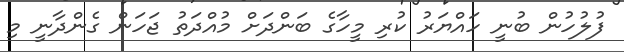
ފުލުހުން ބުނީ ހައްޔަރު ކުރި މީހާގެ ބަންދަށް މުއްދަތު ޖަހަން ގެންދާނީ މި